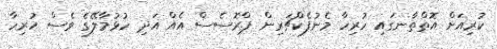
ކުރިއަށް އޮތްތާނގައި ހުރިހާ މެނުފެކްޗަރިން ޕްރޮސެސް އެއް އަދި ހުޅުމާލޭގެ ވެސް ހުރިހާ